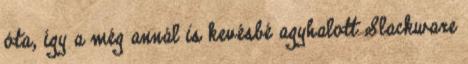
óta, így a még annál is kevésbé agyhalott Slackware